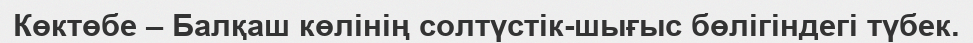
Көктөбе – Балқаш көлінің солтүстік-шығыс бөлігіндегі түбек.